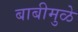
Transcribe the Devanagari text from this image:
बाबीमुळे